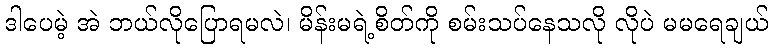
ဒါပေမဲ့ အဲ ဘယ်လိုပြောရမလဲ၊ မိန်းမရဲ့စိတ်ကို စမ်းသပ်နေသလို လိုပဲ မမရေချယ်